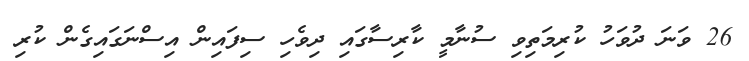
26 ވަނަ ދުވަހު ކުރިމަތިވި ސުނާމީ ކާރިސާގައި ދިވެހި ސިފައިން އިސްނަގައިގެން ކުރި